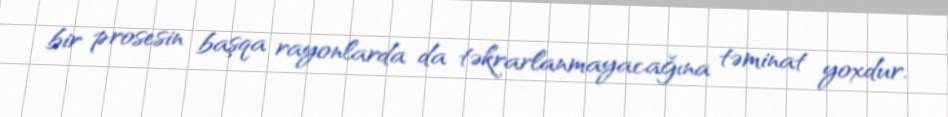
bir prosesin başqa rayonlarda da təkrarlanmayacağına təminat yoxdur.